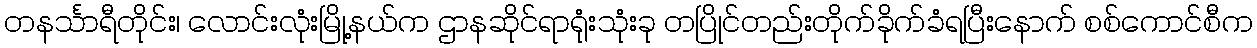
တနင်္သာရီတိုင်း၊ လောင်းလုံးမြို့နယ်က ဌာနဆိုင်ရာရုံးသုံးခု တပြိုင်တည်းတိုက်ခိုက်ခံရပြီးနောက် စစ်ကောင်စီက